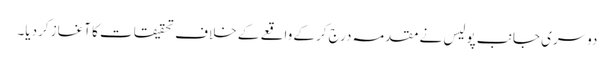
دوسری جانب پولیس نے مقدمہ درج کرکے واقعے کے خلاف تحقیقات کا آغاز کردیا۔